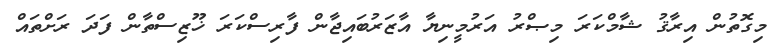
މިގޮތުން އިރާޤު ޝާމްކަރަ މިޞްރު އަރުމީނިޔާ އާޒަރުބައިޖާން ފާރިސްކަރަ ޚޫޒިސްތާން ފަދަ ރަށްތައް